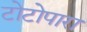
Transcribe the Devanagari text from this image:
टोटोपारा